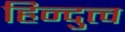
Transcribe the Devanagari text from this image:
हिन्दुत्त्व